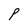
Character: P